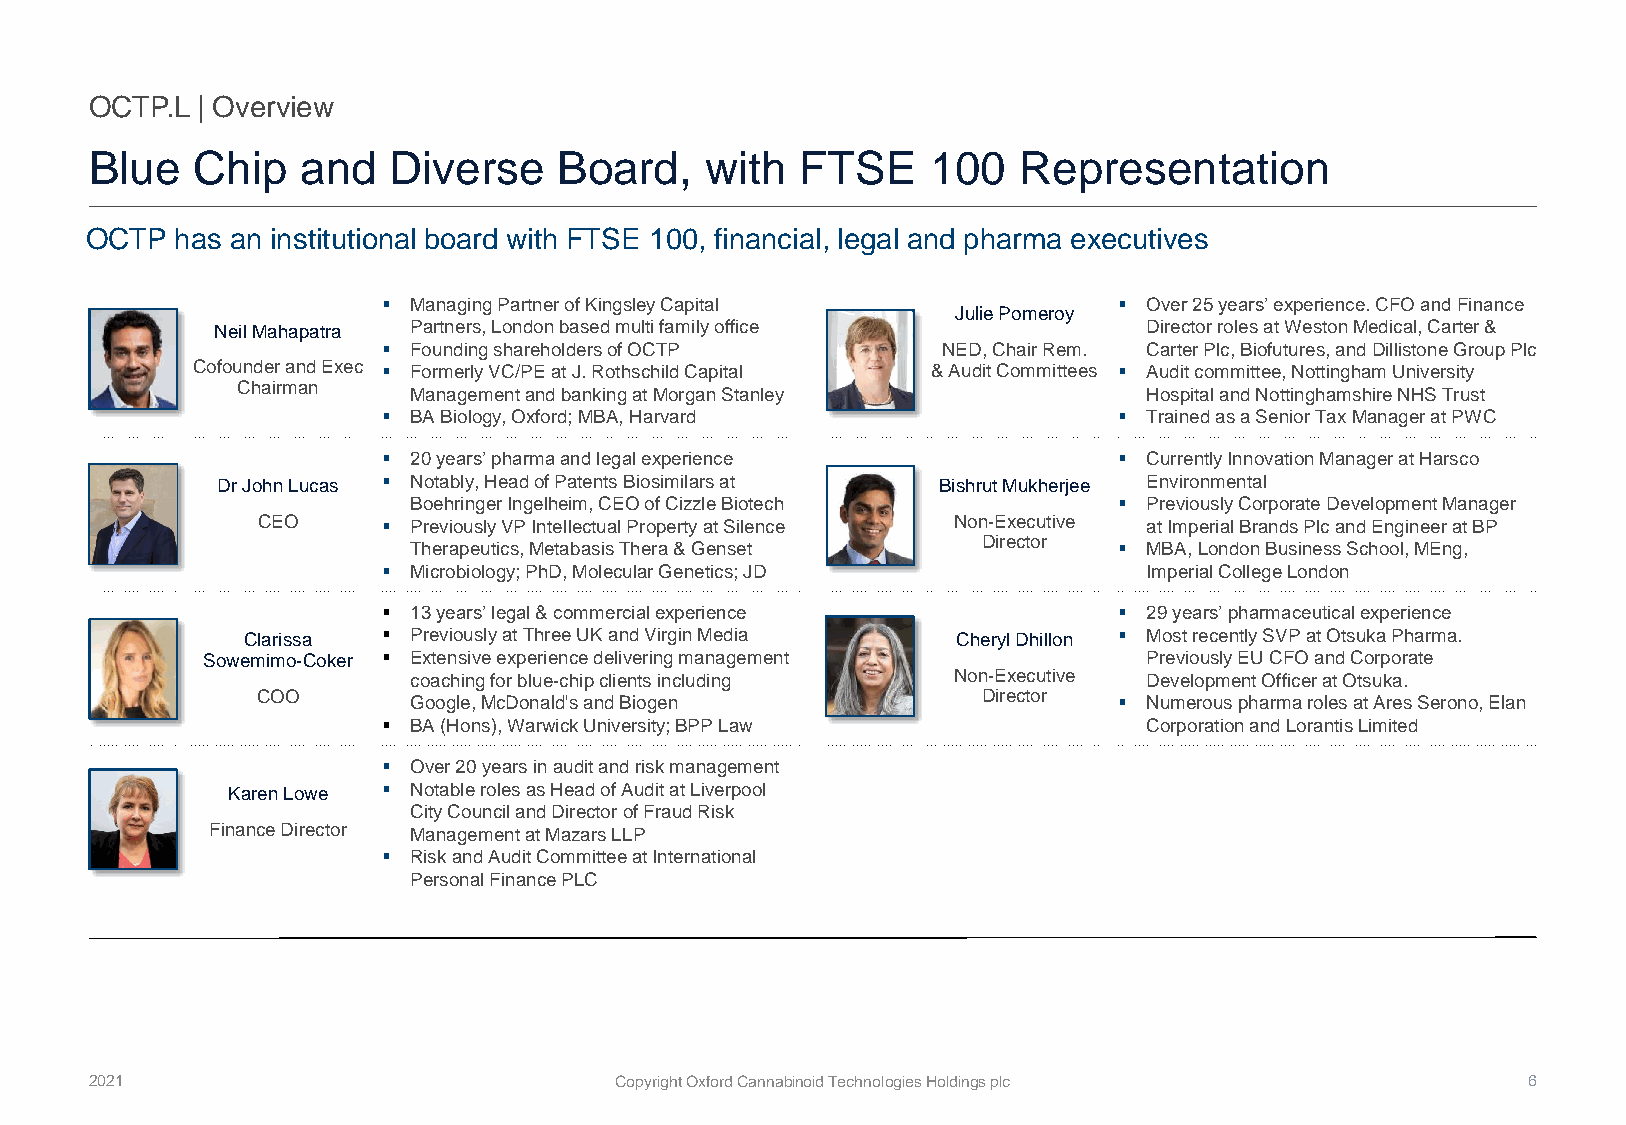
OCTP.L | Overview
 Blue   Chip   and   Diverse    Board,    with  FTSE     100  Representation
 OCTP  has an institutional board with FTSE 100, financial, legal and pharma executives
 ▪ Managing Partner of Kingsley Capital           ▪ Over 25 years’ experience. CFO and Finance
 Julie Pomeroy
 Neil Mahapatra Partners, London based multi family office     Director roles at Weston Medical, Carter &
 ▪ Founding shareholders of OCTP      NED, Chair Rem. Carter Plc, Biofutures, and DillistoneGroup Plc
 Cofounder and Exec ▪ Formerly VC/PE at J. Rothschild Capital & Audit Committees ▪ Audit committee, Nottingham University
 Chairman
 Management and banking at Morgan Stanley         Hospital and Nottinghamshire NHS Trust
 ▪ BA Biology, Oxford; MBA, Harvard               ▪ Trained as a Senior Tax Manager at PWC
 ▪ 20 years’ pharma and legal experience          ▪ Currently Innovation Manager at Harsco
 Dr John Lucas ▪ Notably, Head of Patents Biosimilars at Bishrut Mukherjee Environmental
 Boehringer Ingelheim, CEO of Cizzle Biotech    ▪ Previously Corporate Development Manager
 CEO     ▪ Previously VP Intellectual Property at Silence Non-Executive at Imperial Brands Plc and Engineer at BP
 xxxxxxxxxxxxxx                                     Director
 Therapeutics, Metabasis Thera & Genset         ▪ MBA, London Business School, MEng,
 ▪ Microbiology; PhD, Molecular Genetics; JD        Imperial College London
 ▪ 13 years’ legal & commercial experience        ▪ 29 years’ pharmaceutical experience
 Clarissa ▪ Previously at Three UK and Virgin Media Cheryl Dhillon ▪ Most recently SVP at Otsuka Pharma.
 Sowemimo-Coker ▪ Extensive experience delivering management    Previously EU CFO and Corporate
 coachingfor blue-chip clients including Non-Executive Development Officer at Otsuka.
 COO       Google, McDonald's and Biogen         Director ▪ Numerous pharma roles at Ares Serono, Elan
 ▪ BA (Hons), Warwick University; BPP Law           Corporation and Lorantis Limited
 ▪ Over 20 years in audit and risk management
 Karen Lowe ▪ Notable roles as Head of Audit at Liverpool
 City Council and Director of Fraud Risk
 Finance Director Management at Mazars LLP
 XXXXX
 ▪ Risk and Audit Committee at International
 Personal Finance PLC
 2021                               Copyright Oxford Cannabinoid Technologies Holdings plc      6